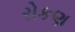
રોકણ